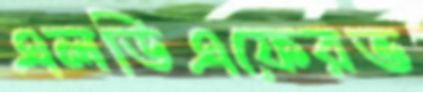
এলডিএফেরভ